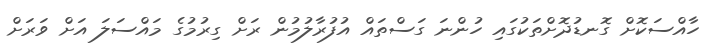
ހާއްސަކޮށް ގޮނޑުދޮށްތަކުގައި ހުންނަ ގަސްތައް އުފުރާލުމުން ރަށް ގިރުމުގެ މައްސަލަ އަށް ވަރަށް